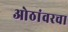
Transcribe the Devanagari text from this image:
ओठांवरचा